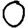
Digit: 0